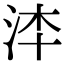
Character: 𣳰